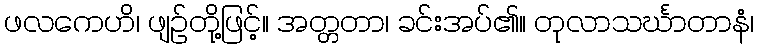
ဖလကေဟိ၊ ဖျဉ်တို့ဖြင့်။ အတ္တတာ၊ ခင်းအပ်၏။ တုလာသင်္ဃာတာနံ၊